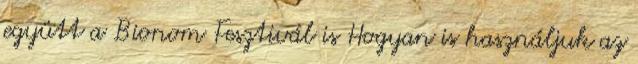
együtt a Bionom Fesztivál is Hogyan is használjuk az